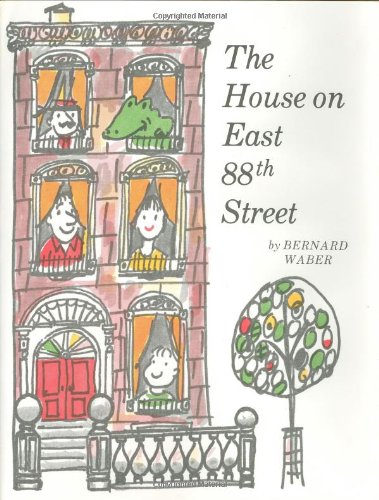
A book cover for The House on East 88th Street; Bernard Waber; Children's Books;